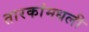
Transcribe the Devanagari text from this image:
तारकांमधली